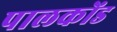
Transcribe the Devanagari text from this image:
पालकोंड